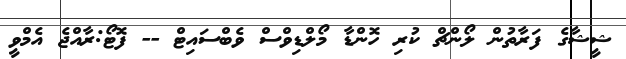
ޝީޝާގެ ފަރާތުން ލޯންޗް ކުރި ހޮންޑާ މޯލްޑިވްސް ވެބްސައިޓް -- ފޮޓޯ:ރާއްޖެ އެމްވީ